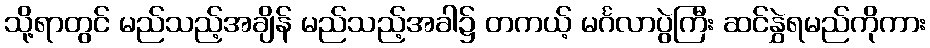
သို့ရာတွင် မည်သည့်အချိန် မည်သည့်အခါ၌ တကယ့် မင်္ဂလာပွဲကြီး ဆင်နွှဲရမည်ကိုကား